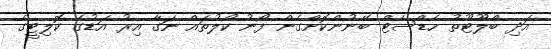
އަދި ބްލޫޓޫތު ހެޑްސެޓް ބޭނުންކޮށްގެން ފޯނު ކޯލުތައް ނަގާ އިރު އަޑުގެ ކޮލިޓީގެ